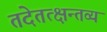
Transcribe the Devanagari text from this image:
तदेतत्क्षन्तव्यं